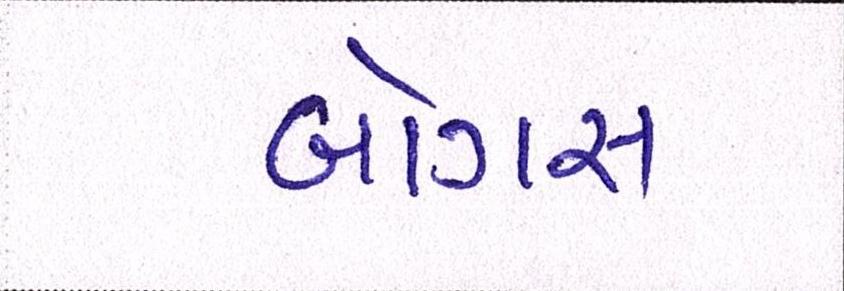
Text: બોગસ